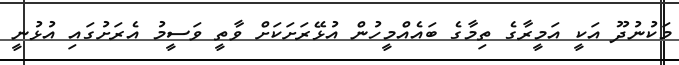
މަކުނުދޫ އަކީ އަމީރާގެ ތިމާގެ ބައެއްމީހުން އުޅޭރަށަކަށް ވާތީ ވަސީމު އެރަށުގައި އުޅުނީ